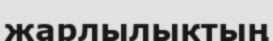
жарлылыктың